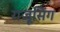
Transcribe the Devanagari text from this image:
राजूसिंग